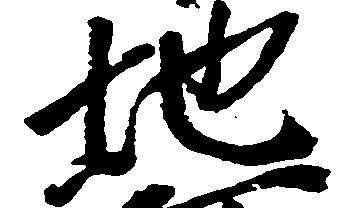
地